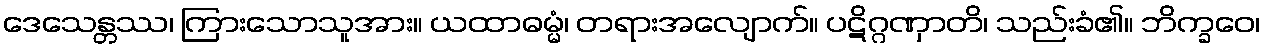
ဒေသေန္တဿ၊ ကြားသောသူအား။ ယထာဓမ္မံ၊ တရားအလျောက်။ ပဋိဂ္ဂဏှာတိ၊ သည်းခံ၏။ ဘိက္ခဝေ၊